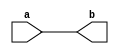
module simple_assign(
    input wire a,
    output reg b
);

    assign b = a;

endmodule